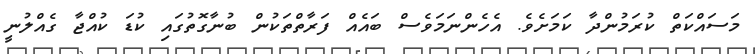
މަސައްކަތް ކުރަމުންދާ ކަމަށެވެ. އެހެންނަމަވެސް ބައެއް ފަރާތްތަކުން ބުނާގޮތުގައި ކުޑަ ކުއްޖާ ގެއްލުނީ